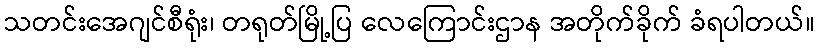
သတင်းအေဂျင်စီရုံး၊ တရုတ်မြို့ပြ လေကြောင်းဌာန အတိုက်ခိုက် ခံရပါတယ်။